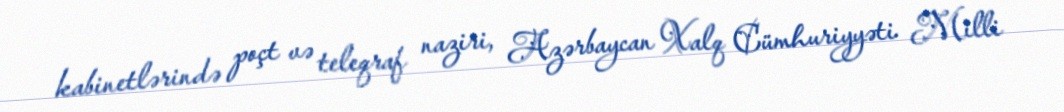
kabinetlərində poçt və teleqraf naziri, Azərbaycan Xalq Cümhuriyyəti Milli